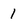
Character: 1